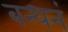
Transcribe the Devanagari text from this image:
बन्धनं